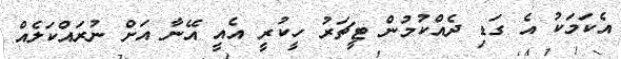
އެކަމަކު އެ ގަޑި ދެއްކުމުން ޓީޗަރު ހީކުރީ އެއީ އޭނާ އަށް ނުރައްކަލެއް